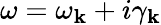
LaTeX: \omega=\omega_{\mathbf{k}}+i\gamma_{\mathbf{k}}